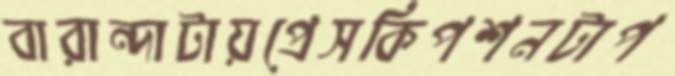
বারান্দাটায়প্রেসকিপশনটাপ